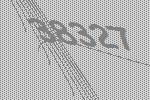
38327